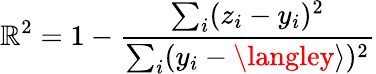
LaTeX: \mathbb{R}^{2}=1-\frac{{\sum_{i}(z_{i}-y_{i})^{2}}}{{\sum_{i}(y_{i}-\langley\rangle)^{2}}}